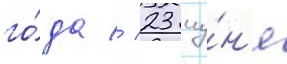
го́да // 23 иу́н'я